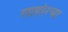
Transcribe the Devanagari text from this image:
लाहोरचा